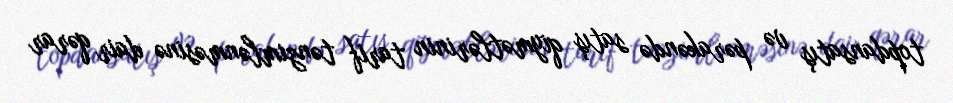
topdansatış və pərakəndə satış qiymətlərinin tarif tənzimlənməsinə dair qərar